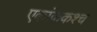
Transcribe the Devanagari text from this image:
एकांककश्च